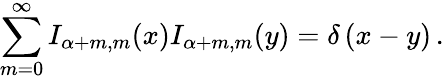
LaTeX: \sum_{m=0}^{\infty}I_{\alpha+m,m}(x)I_{\alpha+m,m}(y)=\delta\left(x-y\right)\, .